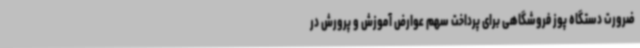
ضرورت دستگاه پوز فروشگاهی برای پرداخت سهم عوارض آموزش و پرورش در